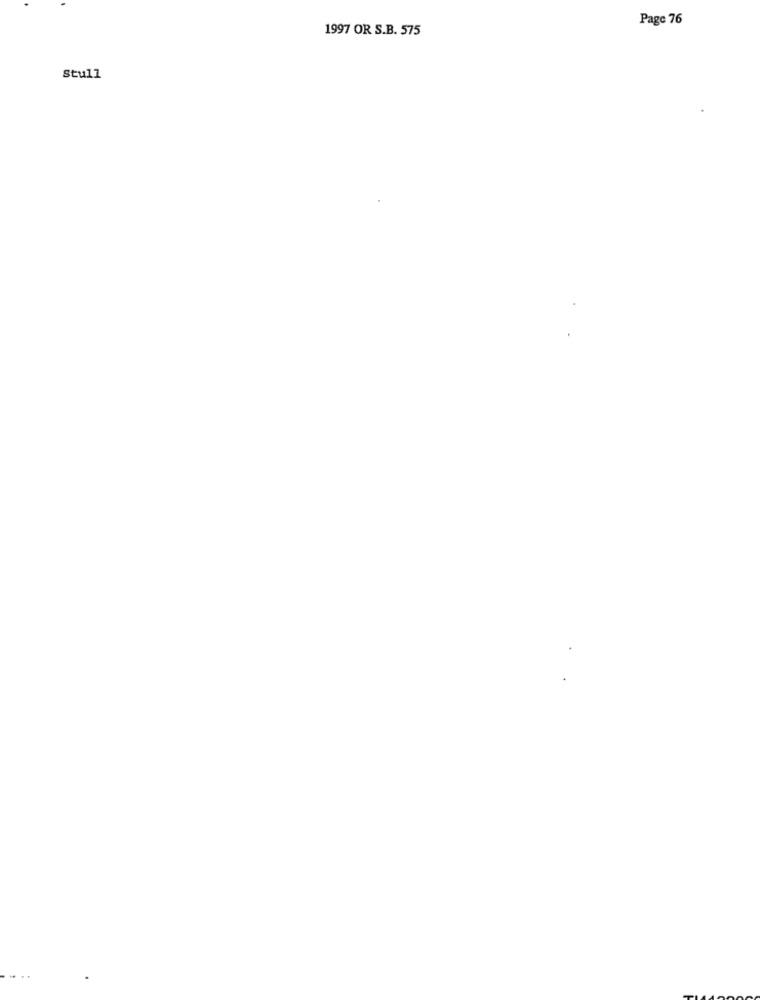
Page 76
1997 OR S.B. 575
Stull